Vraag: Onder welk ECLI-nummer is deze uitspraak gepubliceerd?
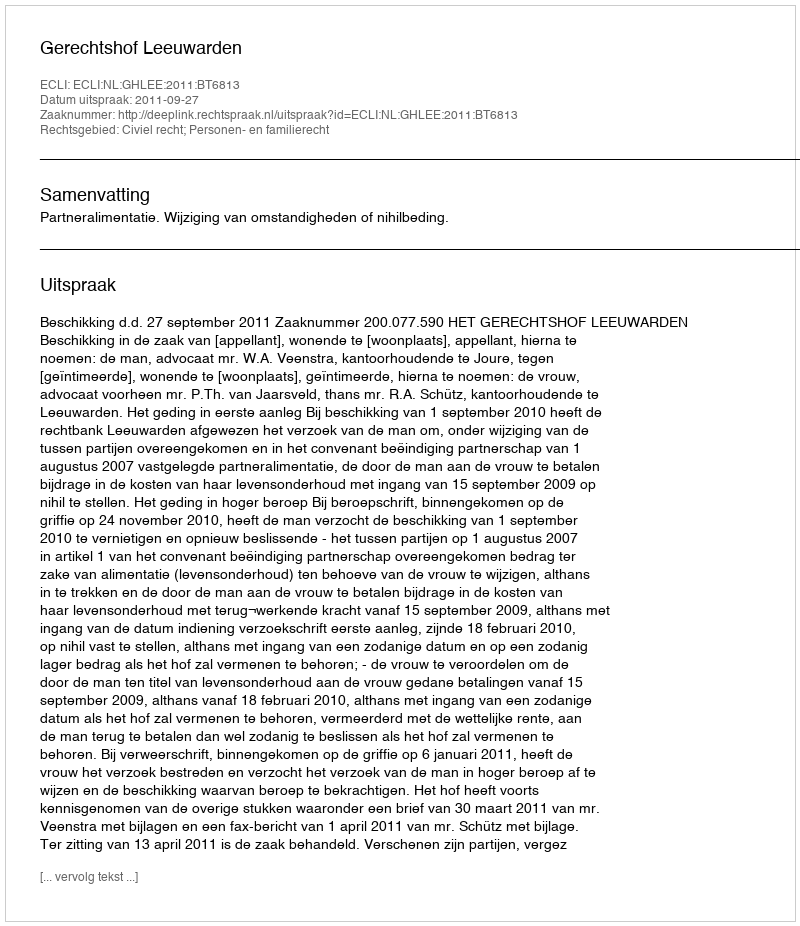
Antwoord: ECLI:NL:GHLEE:2011:BT6813